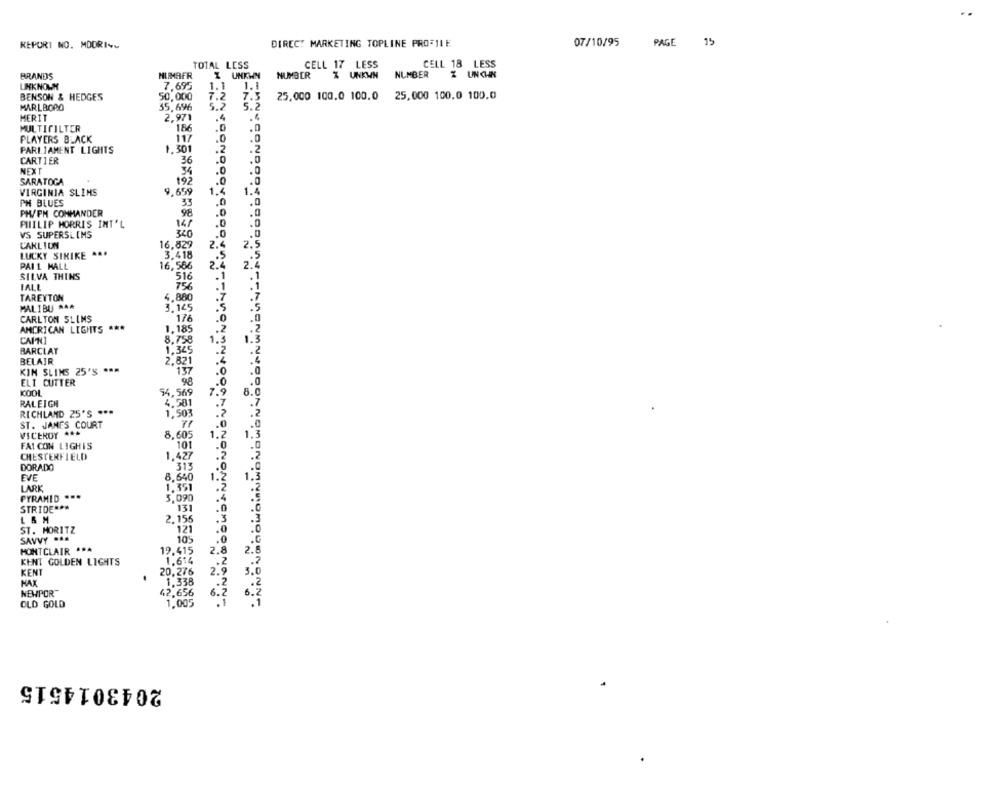
REPORT NO. MDDRI++
DIRECT MARKETING TOPLINE PROFILE
07/10/95
PAGE 15
TOTAL LESS
CELL 17 LESS
CELL 18 LESS
BRANDS
Z UNKWM
NUMBER
X UNKWN
NUMBER
Z UN CHN
UNKNOWN
7.695
1.1
1.1
BENSON & HEDGES
50,000
7.2
7.5
25,000 100.0 100.0
25,000 100.0 100.0
MARLBORO
35.696
5.2
5.2
MERIT
2,971
.4
.4
MULTIFILTER
186
PLAYERS BLACK
117
.0
PARLIAMENT LIGHTS
1.301
.2
CARTIER
36
.0
NEXT
34
.0
SARATOGA
192
.0
9,659
1.4
1.4
VIRGINIA SLIMS
CONDOOR
PH BLUES
33
PH/PM COMMANDER
98
.0
.0
PHILIP MORRIS INT'L
14/
.0
VS SUPERSLIMS
340
.0
CARLIUN
16,829
LUCKY SIKIKE ...
2.
3.418
PAI 1 MALL
16,586
2.
2 .
SILVA THINS
FALL
516
TAREYTON
4,880
MALIBU ***
3.145
.5
176
CARLTON SLIMS
.0
AMERICAN LIGHTS ***
1.185
.2
CAINI
8,758
1.
1.2
1,345
BARCLAY
.2
.2
BELAIR
2,821
KIM SLIMS 25'S ***
137
98
.0
ELT CUTTER
.0
K001
54,569
7.9
8.0
RALEIGH
4.581
RICHLAND 25'S ***
.7
.7
1,503
.2
.2
ST. JAMES COURT
71
VICEROY ***
8,605
FAI CON LIGHTS
101
.0
CHESTERFIELD
1,427
.2
DORADO
313
.0
EVE
8,640
1.2
LARK
1.351
.2
PYRAMID ***
3,090
.4
STRIDE ***
131
L& M
2,156
ST. MORITZ
121
SAVVY ...
109
MONTCLAIR ***
19.415
2.8
2.
KENT GOLDEN LIGHTS
1.614
.. 2
20,276
2 .,
3. 0
KENT
MAX
1.338
NEWPOR"
42.656
6.2
OLD GOLD
2043014515